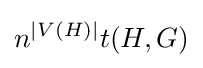
n^{|V(H)|}t(H,G)